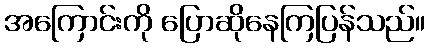
အကြောင်းကို ပြောဆိုနေကြပြန်သည်။